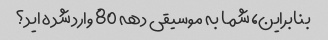
بنابراین، شما به موسیقی دهه 80 وارد شده اید؟